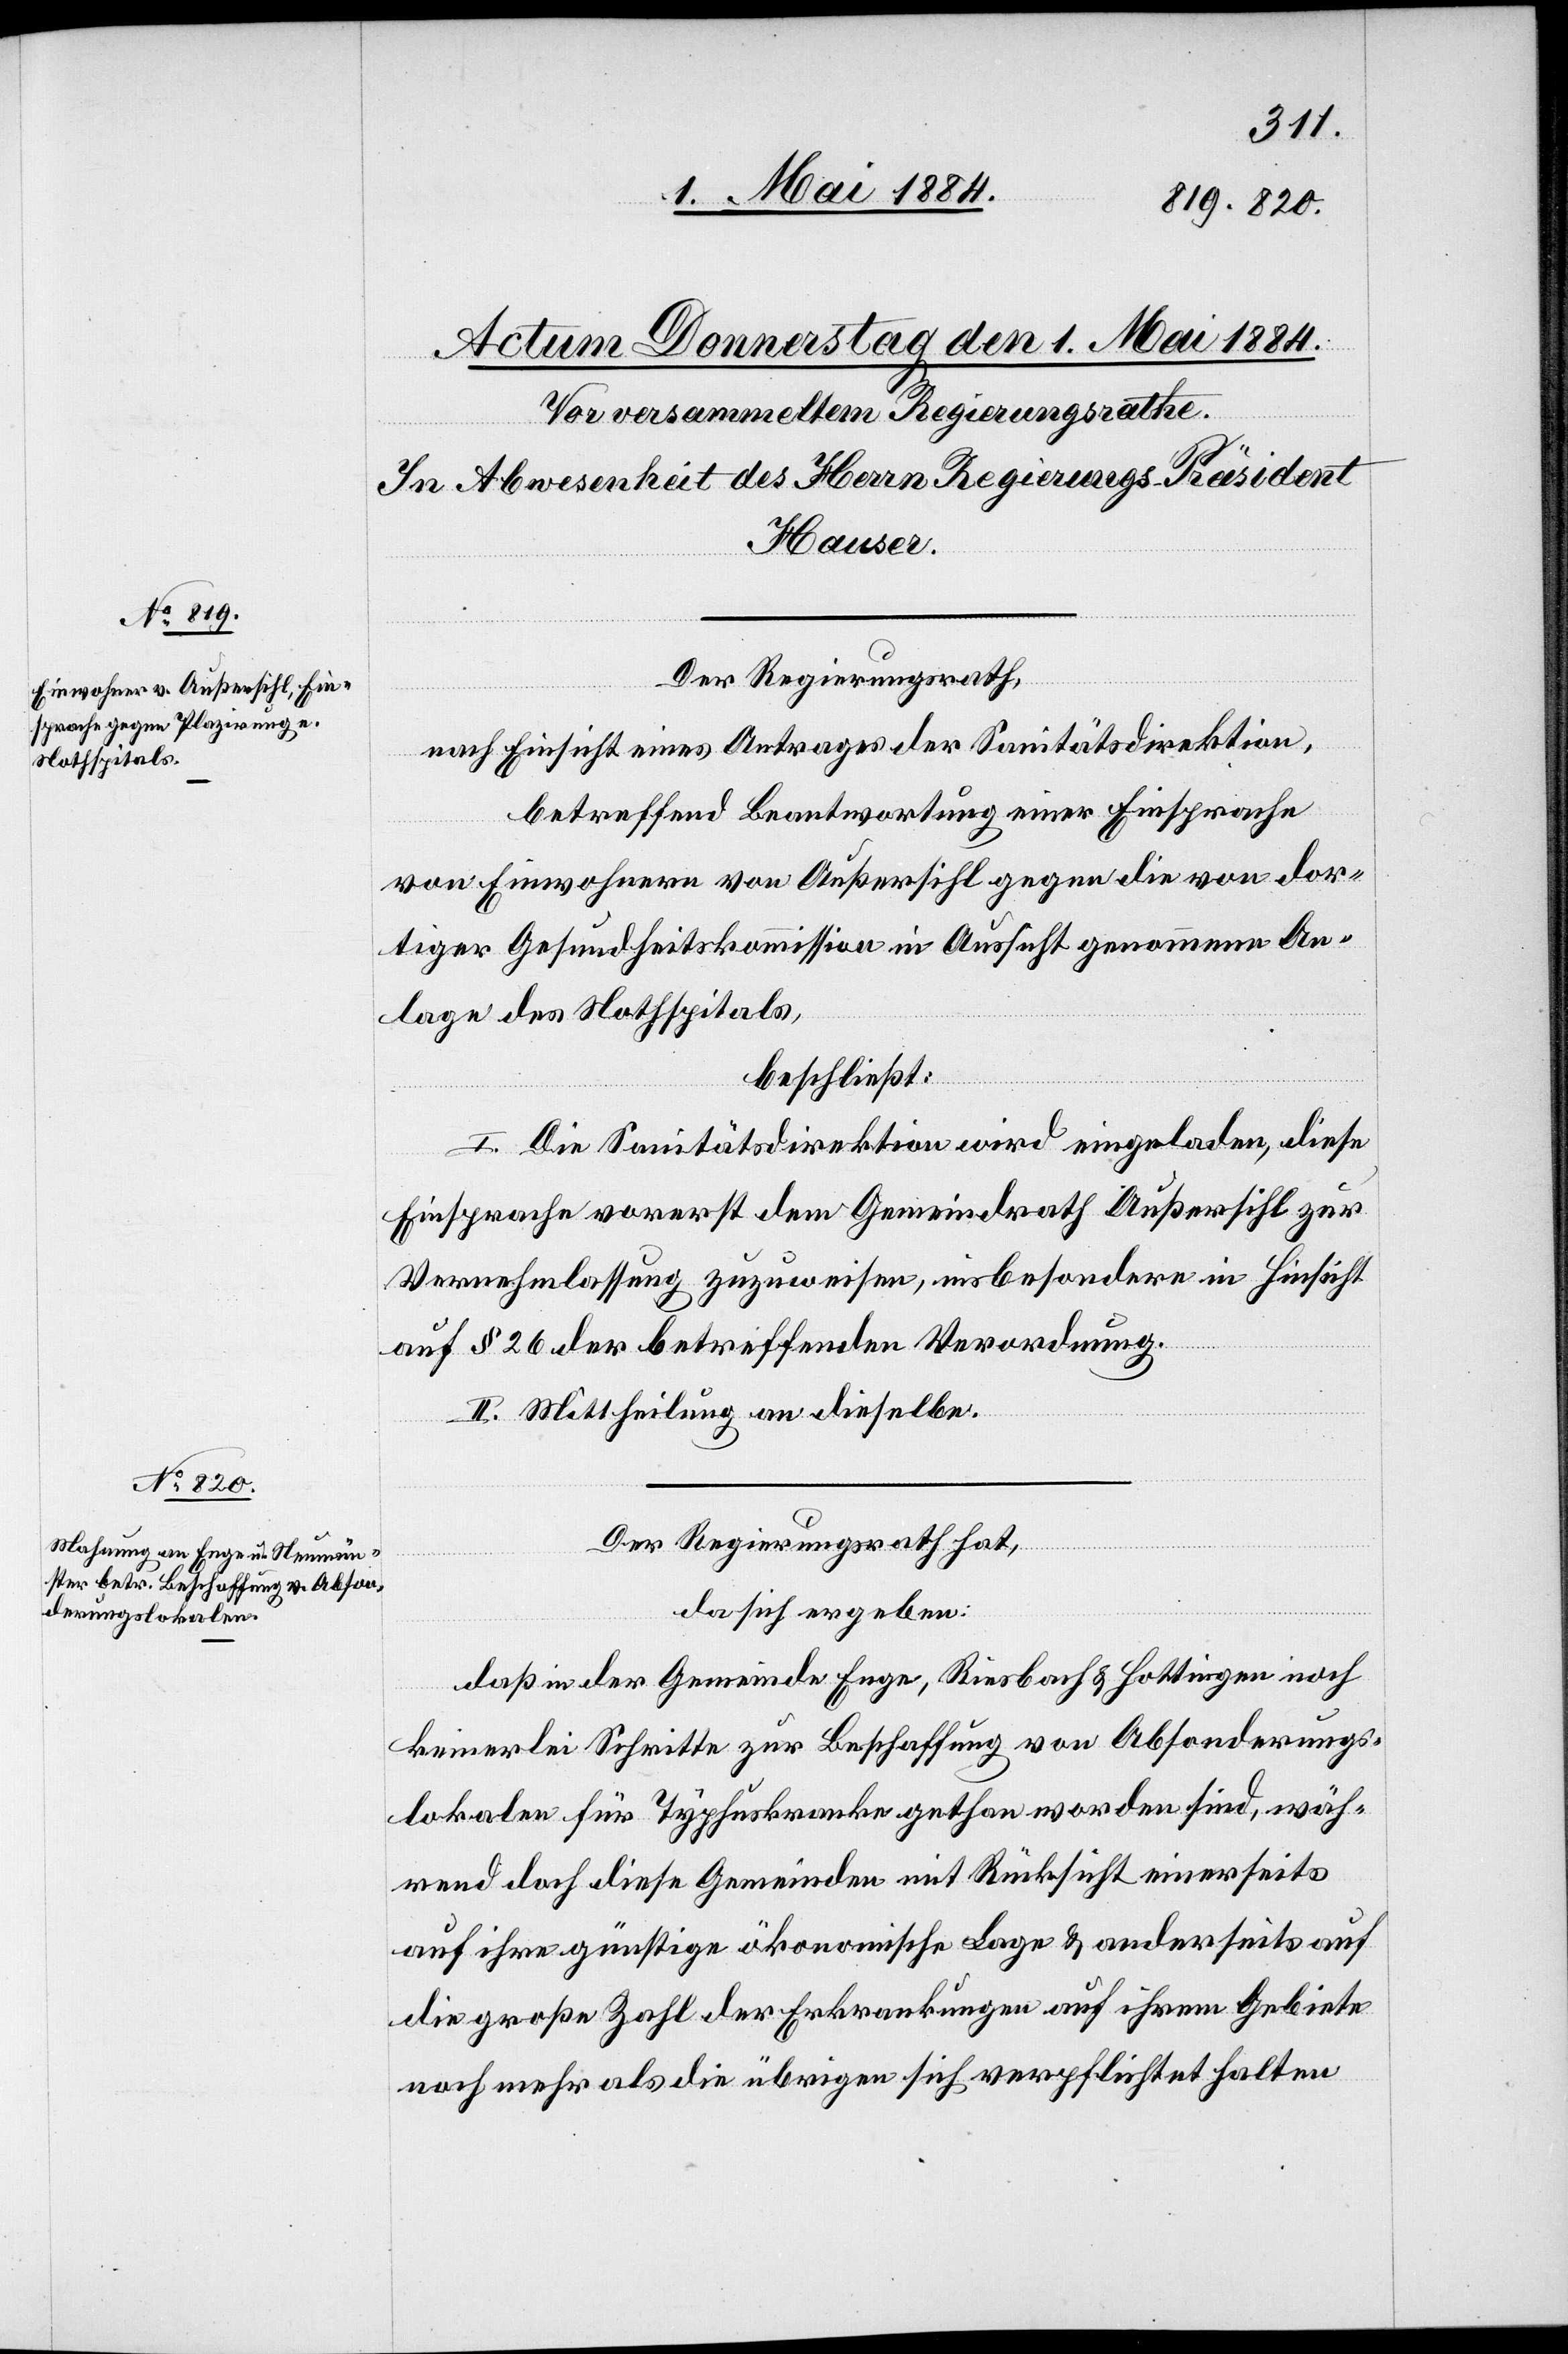
Der Regierungsrath,
nach Einsicht eines Antrages der Sanitätsdirektion,
betreffend Beantwortung einer Einsprache
von Einwohnern von Außersihl gegen die von dor¬
tiger Gesundheitskommission in Aussicht genommene An¬
lage des Nothspitals,
beschließt:
I. Die Sanitätsdirektion wird eingeladen, diese
Einsprache vorerst dem Gemeindrath Außersihl zur
Vernehmlassung zuzuweisen, insbesondere in Hinsicht
auf § 26 der betreffenden Verordnung.
II. Mittheilung an dieselbe.
Der Regierungsrath hat,
da sich ergeben:
daß in der Gemeinde Enge, Riesbach & Hottingen noch
keinerlei Schritte zur Beschaffung von Absonderungs¬
lokalen für Typhuskranke gethan worden sind, wäh¬
rend doch diese Gemeinden mit Rücksicht einerseits
auf ihre günstige ökonomische Lage & anderseits auf
die große Zahl der Erkrankungen auf ihrem Gebiete
noch mehr als die übrigen sich verpflichtet halten